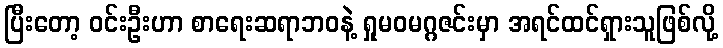
ပြီးတော့ ဝင်းဦးဟာ စာရေးဆရာဘဝနဲ့ ရှုမဝမဂ္ဂဇင်းမှာ အရင်ထင်ရှားသူဖြစ်လို့